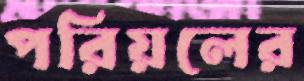
পরিয়লের